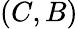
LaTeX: (C,B)